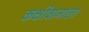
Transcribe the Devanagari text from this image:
कक्षीवानाला